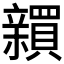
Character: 𬔫